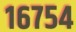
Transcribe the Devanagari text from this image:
१६७५४